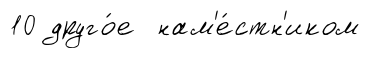
10 друго́е нам'е́стн'иком